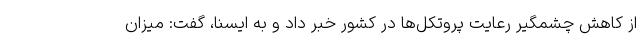
از کاهش چشمگیر رعایت پروتکل‌ها در کشور خبر داد و به ایسنا، گفت: میزان